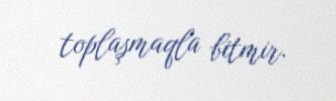
toplaşmaqla bitmir.